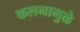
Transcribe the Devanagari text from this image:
कलनामुळे